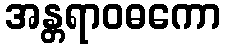
အန္တရာဝဓကော